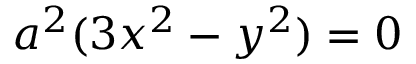
a ^ { 2 } ( 3 x ^ { 2 } - y ^ { 2 } ) = 0